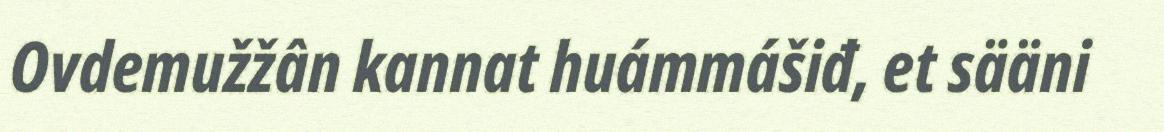
Ovdemužžân kannat huámmášiđ, et sääni